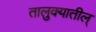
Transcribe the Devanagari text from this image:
तालुक्यातील्